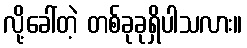
လို့ခေါ်တဲ့ တစ်ခုခုရှိပါသလား။